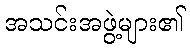
အသင်းအဖွဲ့များ၏